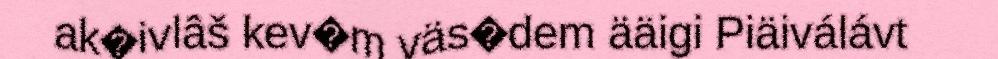
ak�ivlâš kev�m väs�dem ääigi Piäiválávt